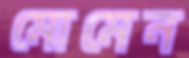
মোমেন